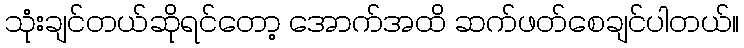
သုံးချင်တယ်ဆိုရင်တော့ အောက်အထိ ဆက်ဖတ်စေချင်ပါတယ်။